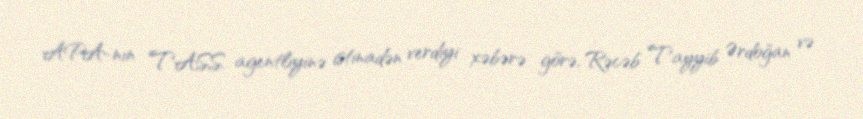
APA-nın TASS agentliyinə istinadən verdiyi xəbərə görə, Rəcəb Tayyib Ərdoğan və